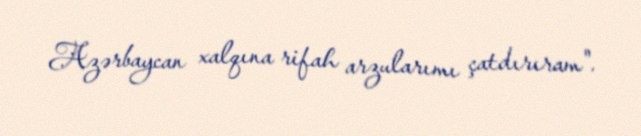
Azərbaycan xalqına rifah arzularımı çatdırıram".